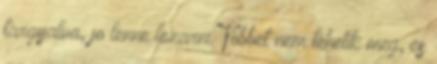
targyalva, jo lenne lezarni. Tobbet nem tehetik meg, es